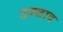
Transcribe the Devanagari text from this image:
उस्त्ताद